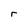
Character: r